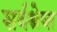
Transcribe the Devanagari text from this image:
सर्वश्रेष्त